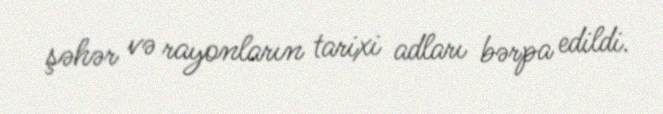
şəhər və rayonların tarixi adları bərpa edildi.